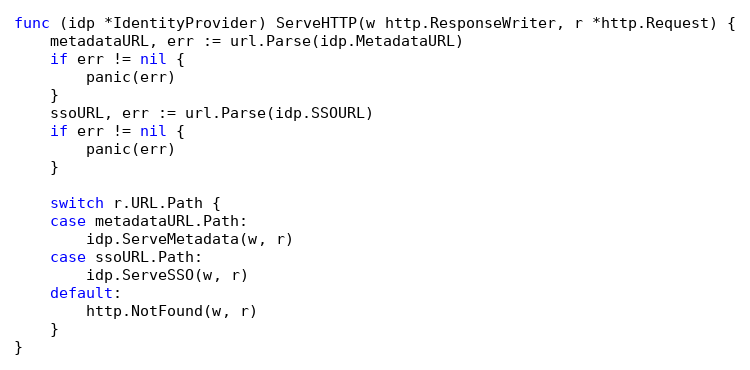
Language: Go
func (idp *IdentityProvider) ServeHTTP(w http.ResponseWriter, r *http.Request) {
	metadataURL, err := url.Parse(idp.MetadataURL)
	if err != nil {
		panic(err)
	}
	ssoURL, err := url.Parse(idp.SSOURL)
	if err != nil {
		panic(err)
	}

	switch r.URL.Path {
	case metadataURL.Path:
		idp.ServeMetadata(w, r)
	case ssoURL.Path:
		idp.ServeSSO(w, r)
	default:
		http.NotFound(w, r)
	}
}